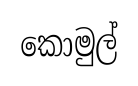
කොමුල්